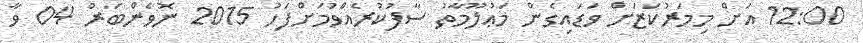
12:00 އަށް މިމަރުކަޒަށް ވަޑައިގެން މަޢުލޫމާތު ސާފުކުރެއްވުމަށްފަހު 2015 ނޮވެންބަރު 04 ވާ